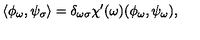
\langle \phi _ { \omega } , \psi _ { \sigma } \rangle = \delta _ { \omega \sigma } \chi ^ { \prime } ( \omega ) ( \phi _ { \omega } , \psi _ { \omega } ) ,